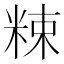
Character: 𥹵